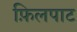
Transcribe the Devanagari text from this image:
फ़िलपाट